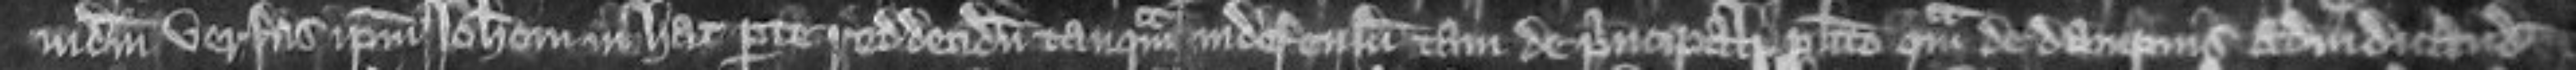
judicium versus ipsum Johannem in hac parte reddendum tanquam indefensum tam de principali placito quam de dampnis adjudicandis